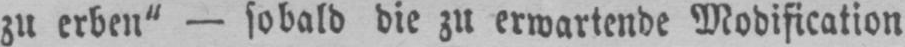
zu erben“ - sobald die zu erwartende Modification